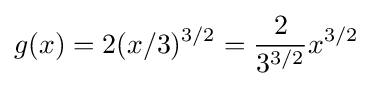
g(x)=2(x/3)^{3/2}={\frac {2}{3^{3/2}}}x^{3/2}